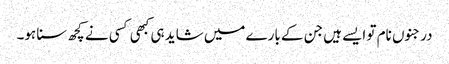
درجنوں نام تو ایسے ہیں جن کے بارے میں شاید ہی کبھی کسی نے کچھ سنا ہو۔